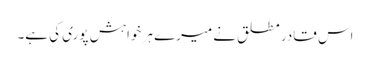
اس قادر مطلق نے میرے ہر خواہش پوری کی ہے۔